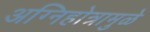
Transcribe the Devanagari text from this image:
अग्निहोत्रामुळे